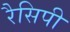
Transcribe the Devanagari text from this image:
रैसिपी